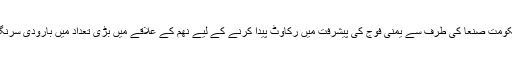
حوثی ملیشیا نے دارالحکومت صنعا کی طرف سے یمنی فوج کی پیشرفت میں رکاوٹ پیدا کرنے کے لیے نھم کے علاقے میں بڑی تعداد میں بارودی سرنگیں نصب کررکھی ہیں۔